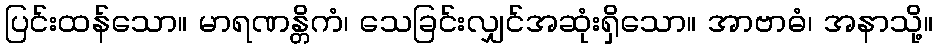
ပြင်းထန်သော။ မာရဏန္တိကံ၊ သေခြင်းလျှင်အဆုံးရှိသော။ အာဗာဓံ၊ အနာသို့။